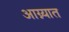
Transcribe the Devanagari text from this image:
आग्न्यात